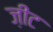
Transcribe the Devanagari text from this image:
ज़ीट